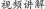
视频讲解